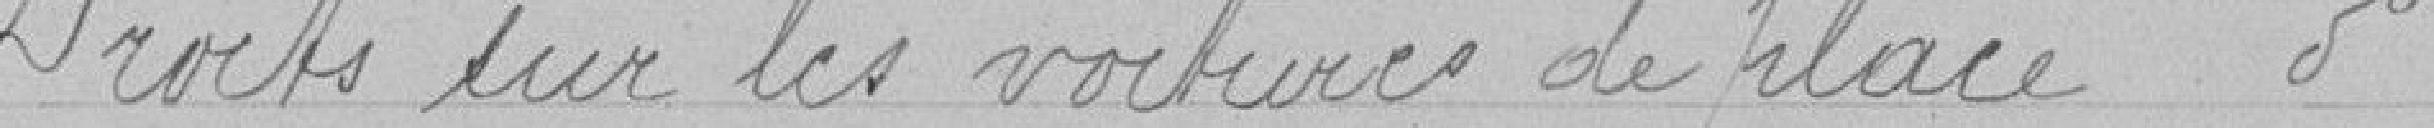
Droits sur les voitures de places - Idem